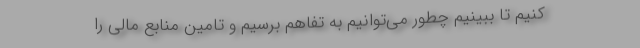
کنیم تا ببینیم چطور می‌توانیم به تفاهم برسیم و تامین منابع مالی را